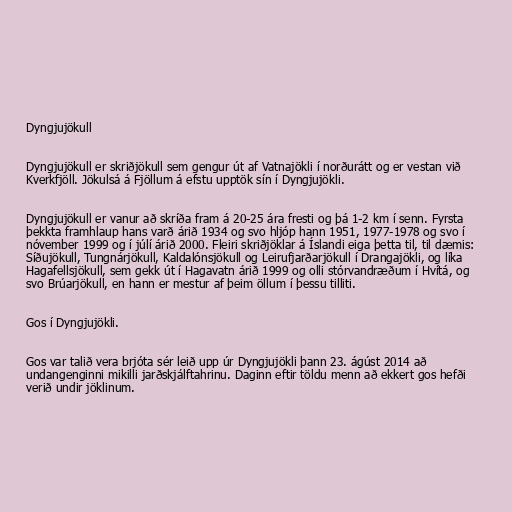
Dyngjujökull

Dyngjujökull er skriðjökull sem gengur út af Vatnajökli í norðurátt og er vestan við
Kverkfjöll. Jökulsá á Fjöllum á efstu upptök sín í Dyngjujökli.

Dyngjujökull er vanur að skríða fram á 20-25 ára fresti og þá 1-2 km í senn. Fyrsta
þekkta framhlaup hans varð árið 1934 og svo hljóp hann 1951, 1977-1978 og svo í
nóvember 1999 og í júlí árið 2000. Fleiri skriðjöklar á Íslandi eiga þetta til, til dæmis:
Síðujökull, Tungnárjökull, Kaldalónsjökull og Leirufjarðarjökull í Drangajökli, og líka
Hagafellsjökull, sem gekk út í Hagavatn árið 1999 og olli stórvandræðum í Hvítá, og
svo Brúarjökull, en hann er mestur af þeim öllum í þessu tilliti.

Gos í Dyngjujökli.

Gos var talið vera brjóta sér leið upp úr Dyngjujökli þann 23. ágúst 2014 að
undangenginni mikilli jarðskjálftahrinu. Daginn eftir töldu menn að ekkert gos hefði
verið undir jöklinum.